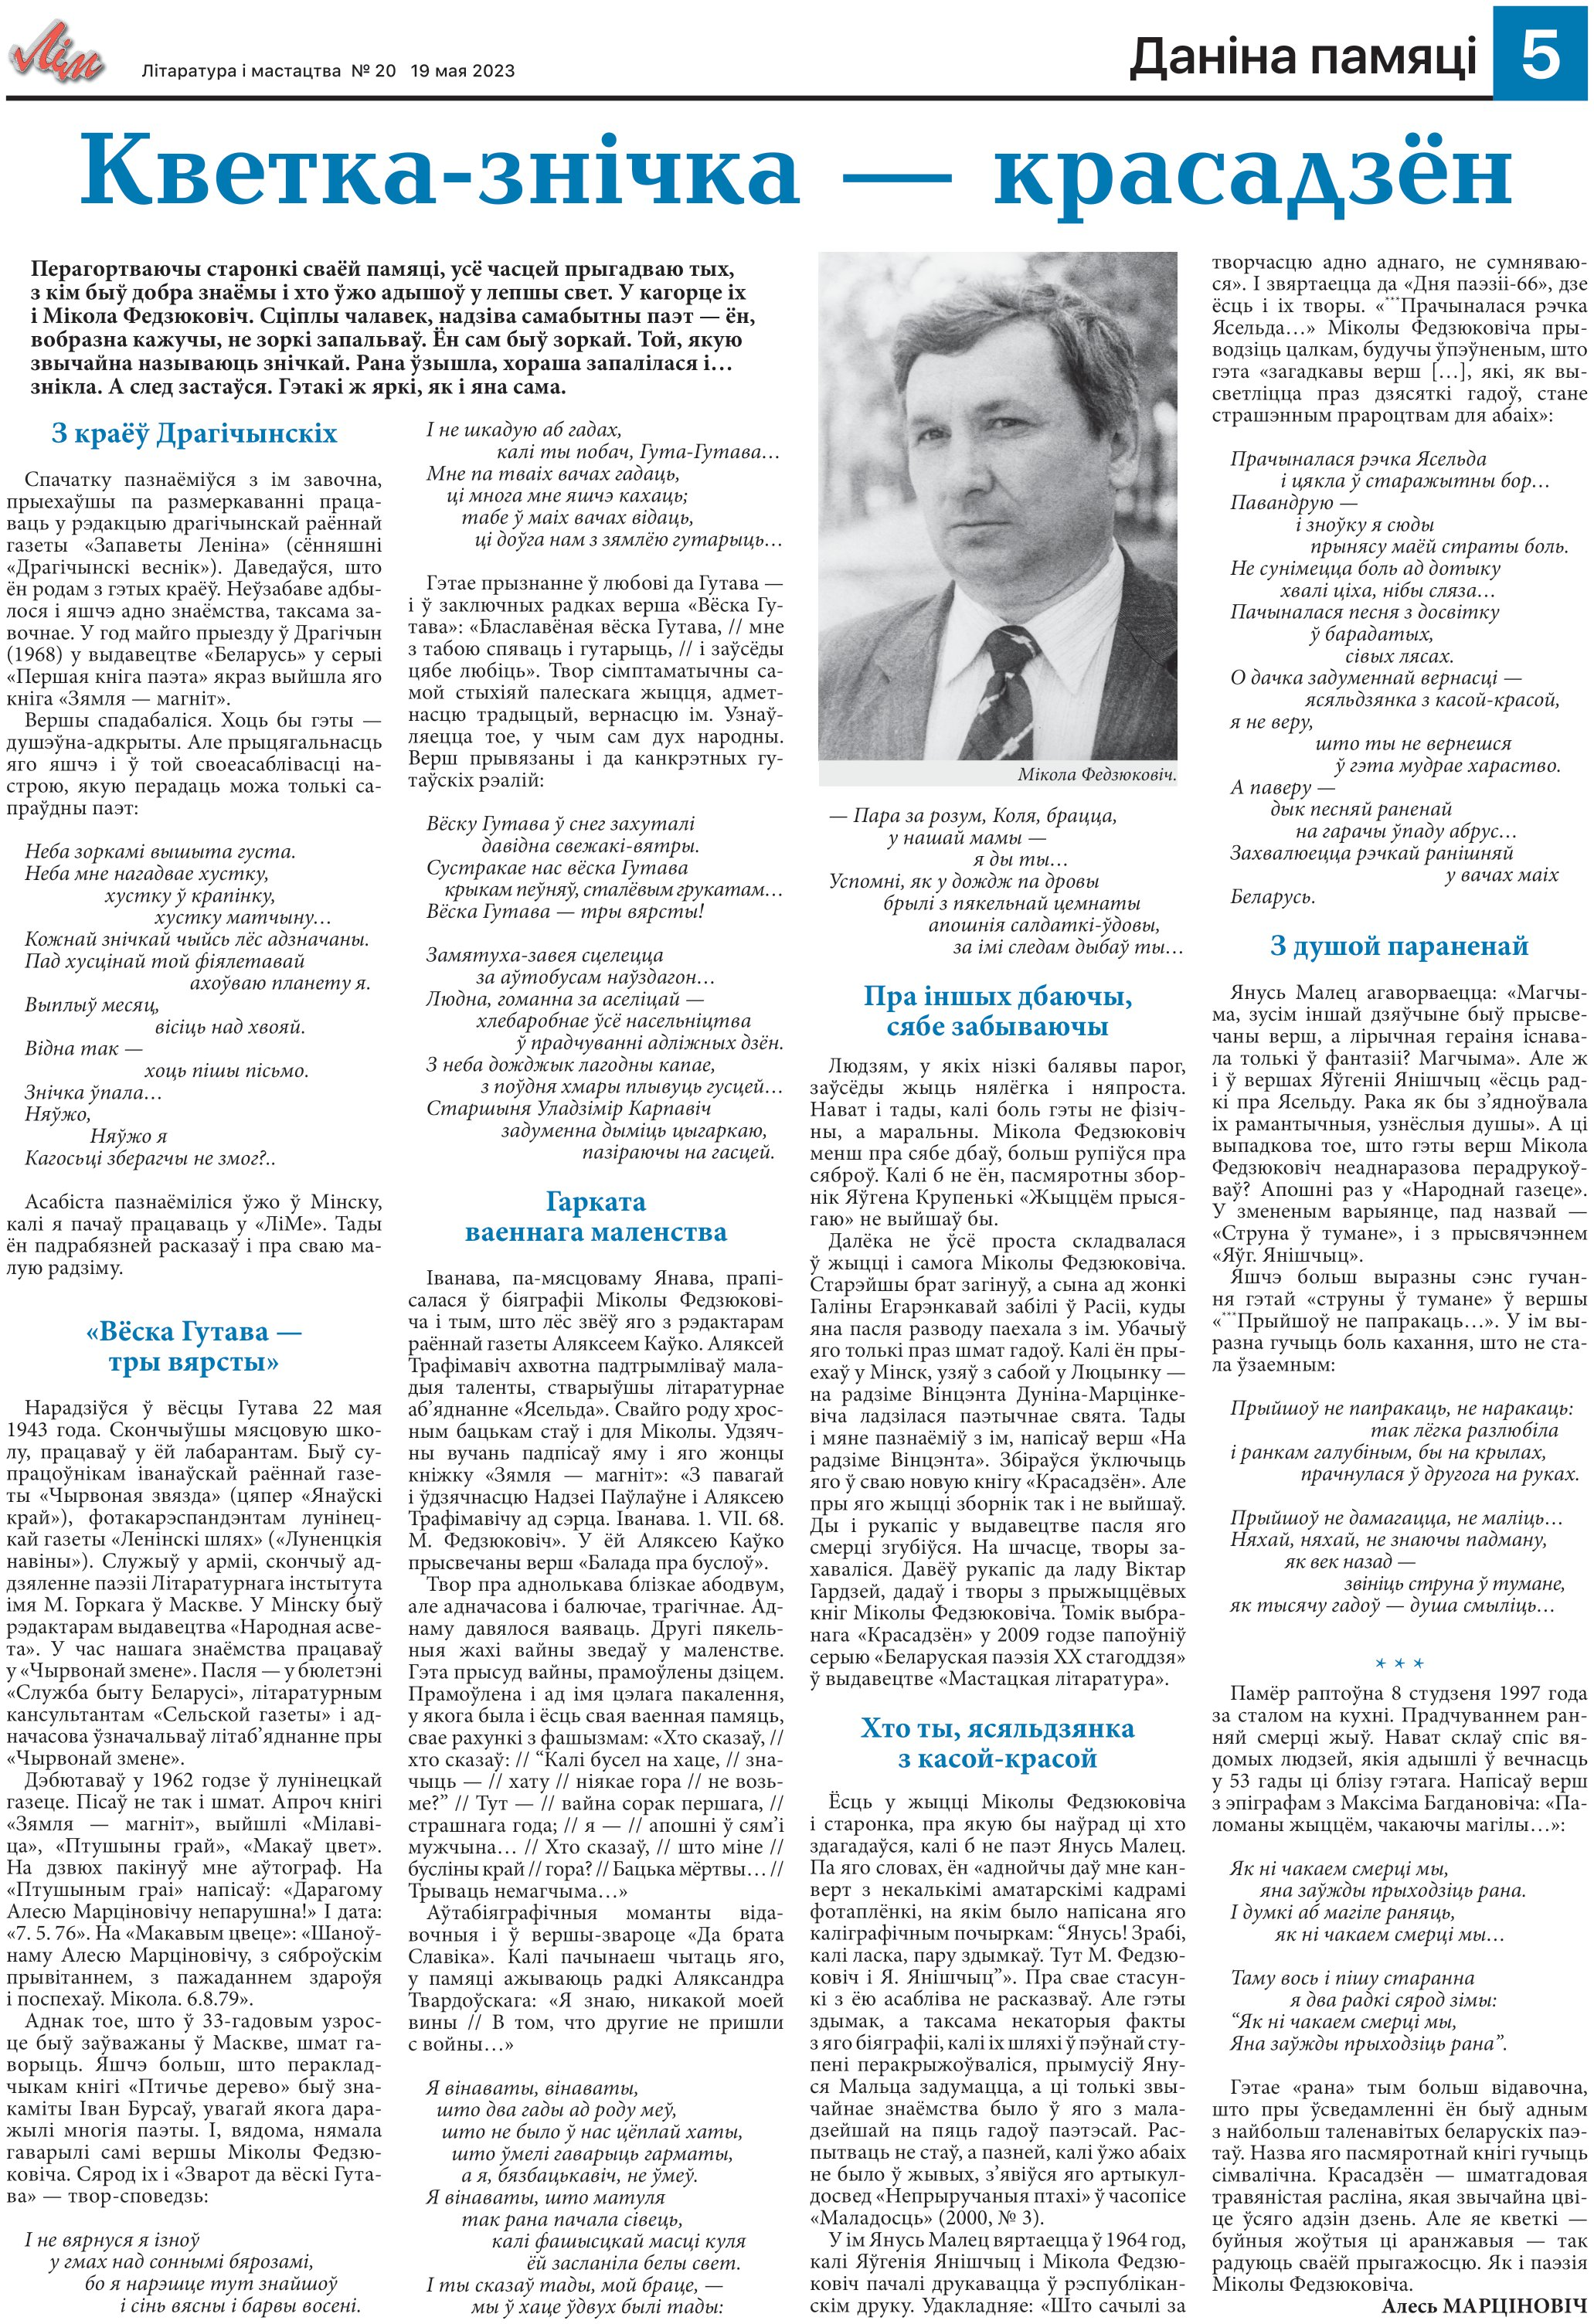
Language: be